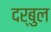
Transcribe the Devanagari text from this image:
दर्बुल